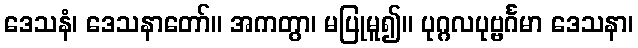
ဒေသနံ၊ ဒေသနာတော်။ အကတွာ၊ မပြုမူ၍။ ပုဂ္ဂလပုဗ္ဗင်္ဂမာ ဒေသနာ၊